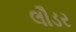
લૌડર